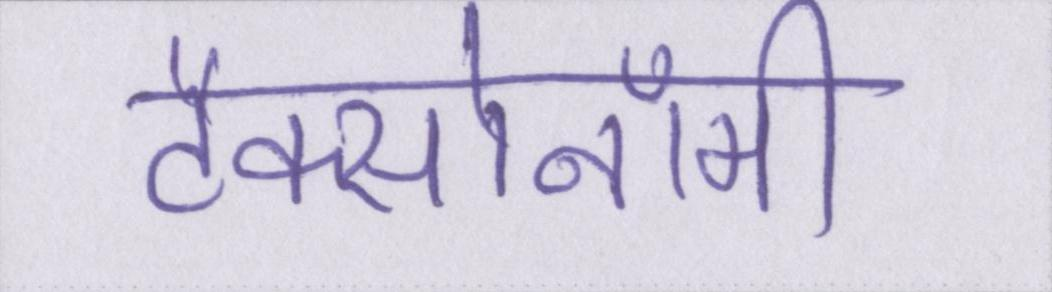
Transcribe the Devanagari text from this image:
टैक्सोनॉमी